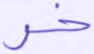
خر